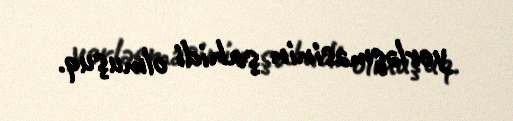
yerləşməsinin şahidi olmuşuq.